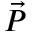
\vec { P }